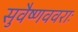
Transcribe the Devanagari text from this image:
सुवैष्णववराः